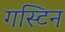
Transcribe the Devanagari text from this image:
गस्टिन